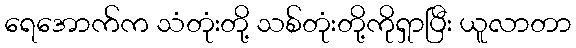
ရေအောက်က သံတုံးတို့ သစ်တုံးတို့ကိုရှာပြီး ယူလာတာ